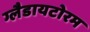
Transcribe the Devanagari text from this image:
ग्लैडायटोरम